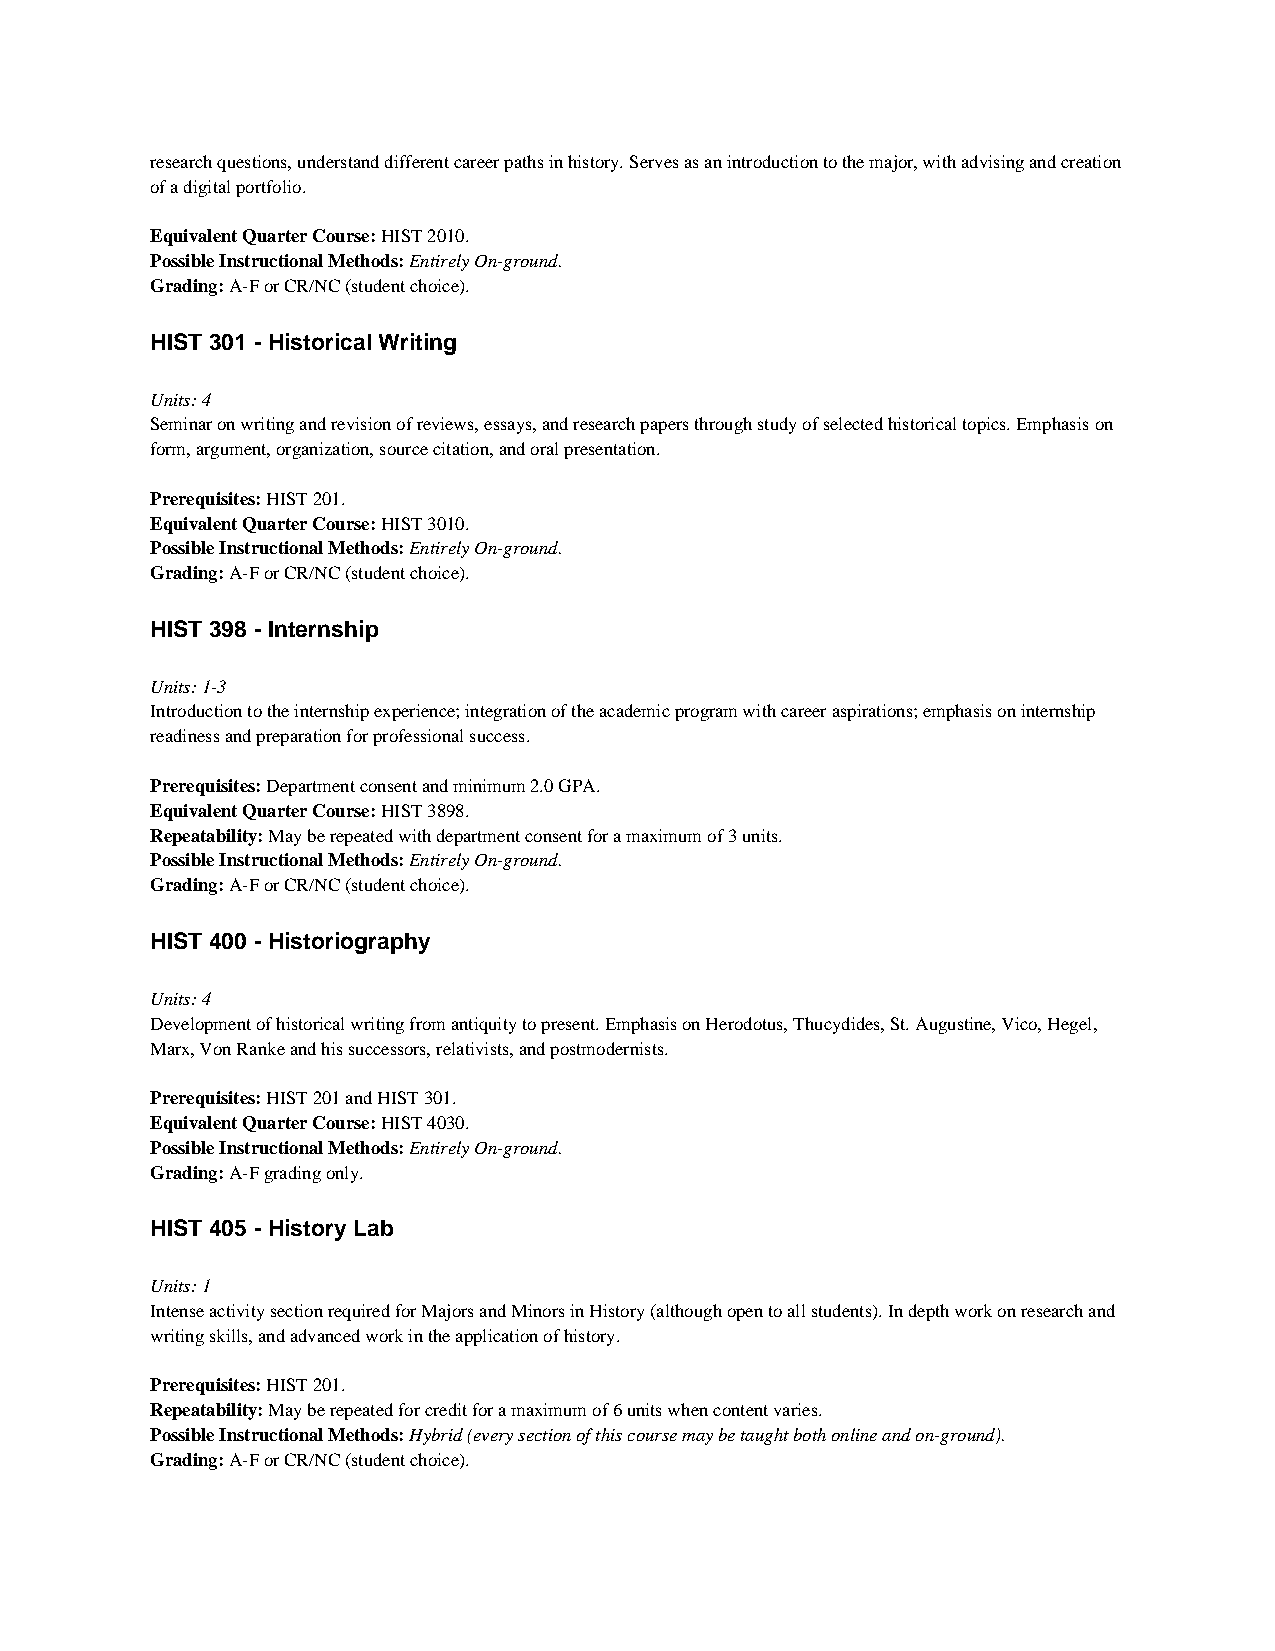
research questions, understand different career paths in history. Serves as an introduction to the major, with advising and creation
 of a digital portfolio.
 Equivalent Quarter Course: HIST 2010.
 Possible Instructional Methods: Entirely On-ground.
 Grading: A-F or CR/NC (student choice).
 HIST 301 - Historical Writing
 Units: 4
 Seminar on writing and revision of reviews, essays, and research papers through study of selected historical topics. Emphasis on
 form, argument, organization, source citation, and oral presentation.
 Prerequisites: HIST 201.
 Equivalent Quarter Course: HIST 3010.
 Possible Instructional Methods: Entirely On-ground.
 Grading: A-F or CR/NC (student choice).
 HIST 398 - Internship
 Units: 1-3
 Introduction to the internship experience; integration of the academic program with career aspirations; emphasis on internship
 readiness and preparation for professional success.
 Prerequisites: Department consent and minimum 2.0 GPA.
 Equivalent Quarter Course: HIST 3898.
 Repeatability: May be repeated with department consent for a maximum of 3 units.
 Possible Instructional Methods: Entirely On-ground.
 Grading: A-F or CR/NC (student choice).
 HIST 400 - Historiography
 Units: 4
 Development of historical writing from antiquity to present. Emphasis on Herodotus, Thucydides, St. Augustine, Vico, Hegel,
 Marx, Von Ranke and his successors, relativists, and postmodernists.
 Prerequisites: HIST 201 and HIST 301.
 Equivalent Quarter Course: HIST 4030.
 Possible Instructional Methods: Entirely On-ground.
 Grading: A-F grading only.
 HIST 405 - History Lab
 Units: 1
 Intense activity section required for Majors and Minors in History (although open to all students). In depth work on research and
 writing skills, and advanced work in the application of history.
 Prerequisites: HIST 201.
 Repeatability: May be repeated for credit for a maximum of 6 units when content varies.
 Possible Instructional Methods: Hybrid (every section of this course may be taught both online and on-ground).
 Grading: A-F or CR/NC (student choice).